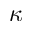
\kappa